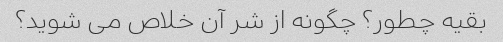
بقیه چطور؟ چگونه از شر آن خلاص می شوید؟